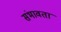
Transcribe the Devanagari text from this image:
संभावता